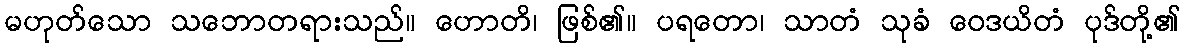
မဟုတ်သော သဘောတရားသည်။ ဟောတိ၊ ဖြစ်၏။ ပရတော၊ သာတံ သုခံ ဝေဒယိတံ ပုဒ်တို့၏